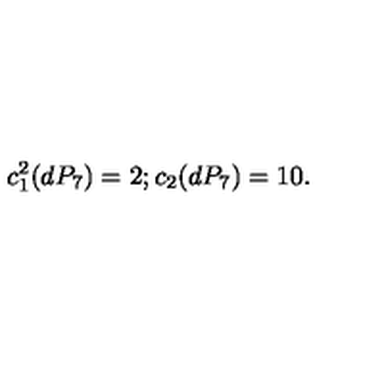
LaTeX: c _ { 1 } ^ { 2 } ( d P _ { 7 } ) = 2 ; c _ { 2 } ( d P _ { 7 } ) = 1 0 .